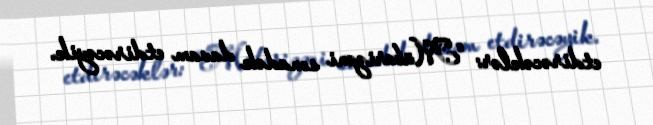
etdirəcəklər: “Mübarizəni sonadək davam etdirəcəyik.